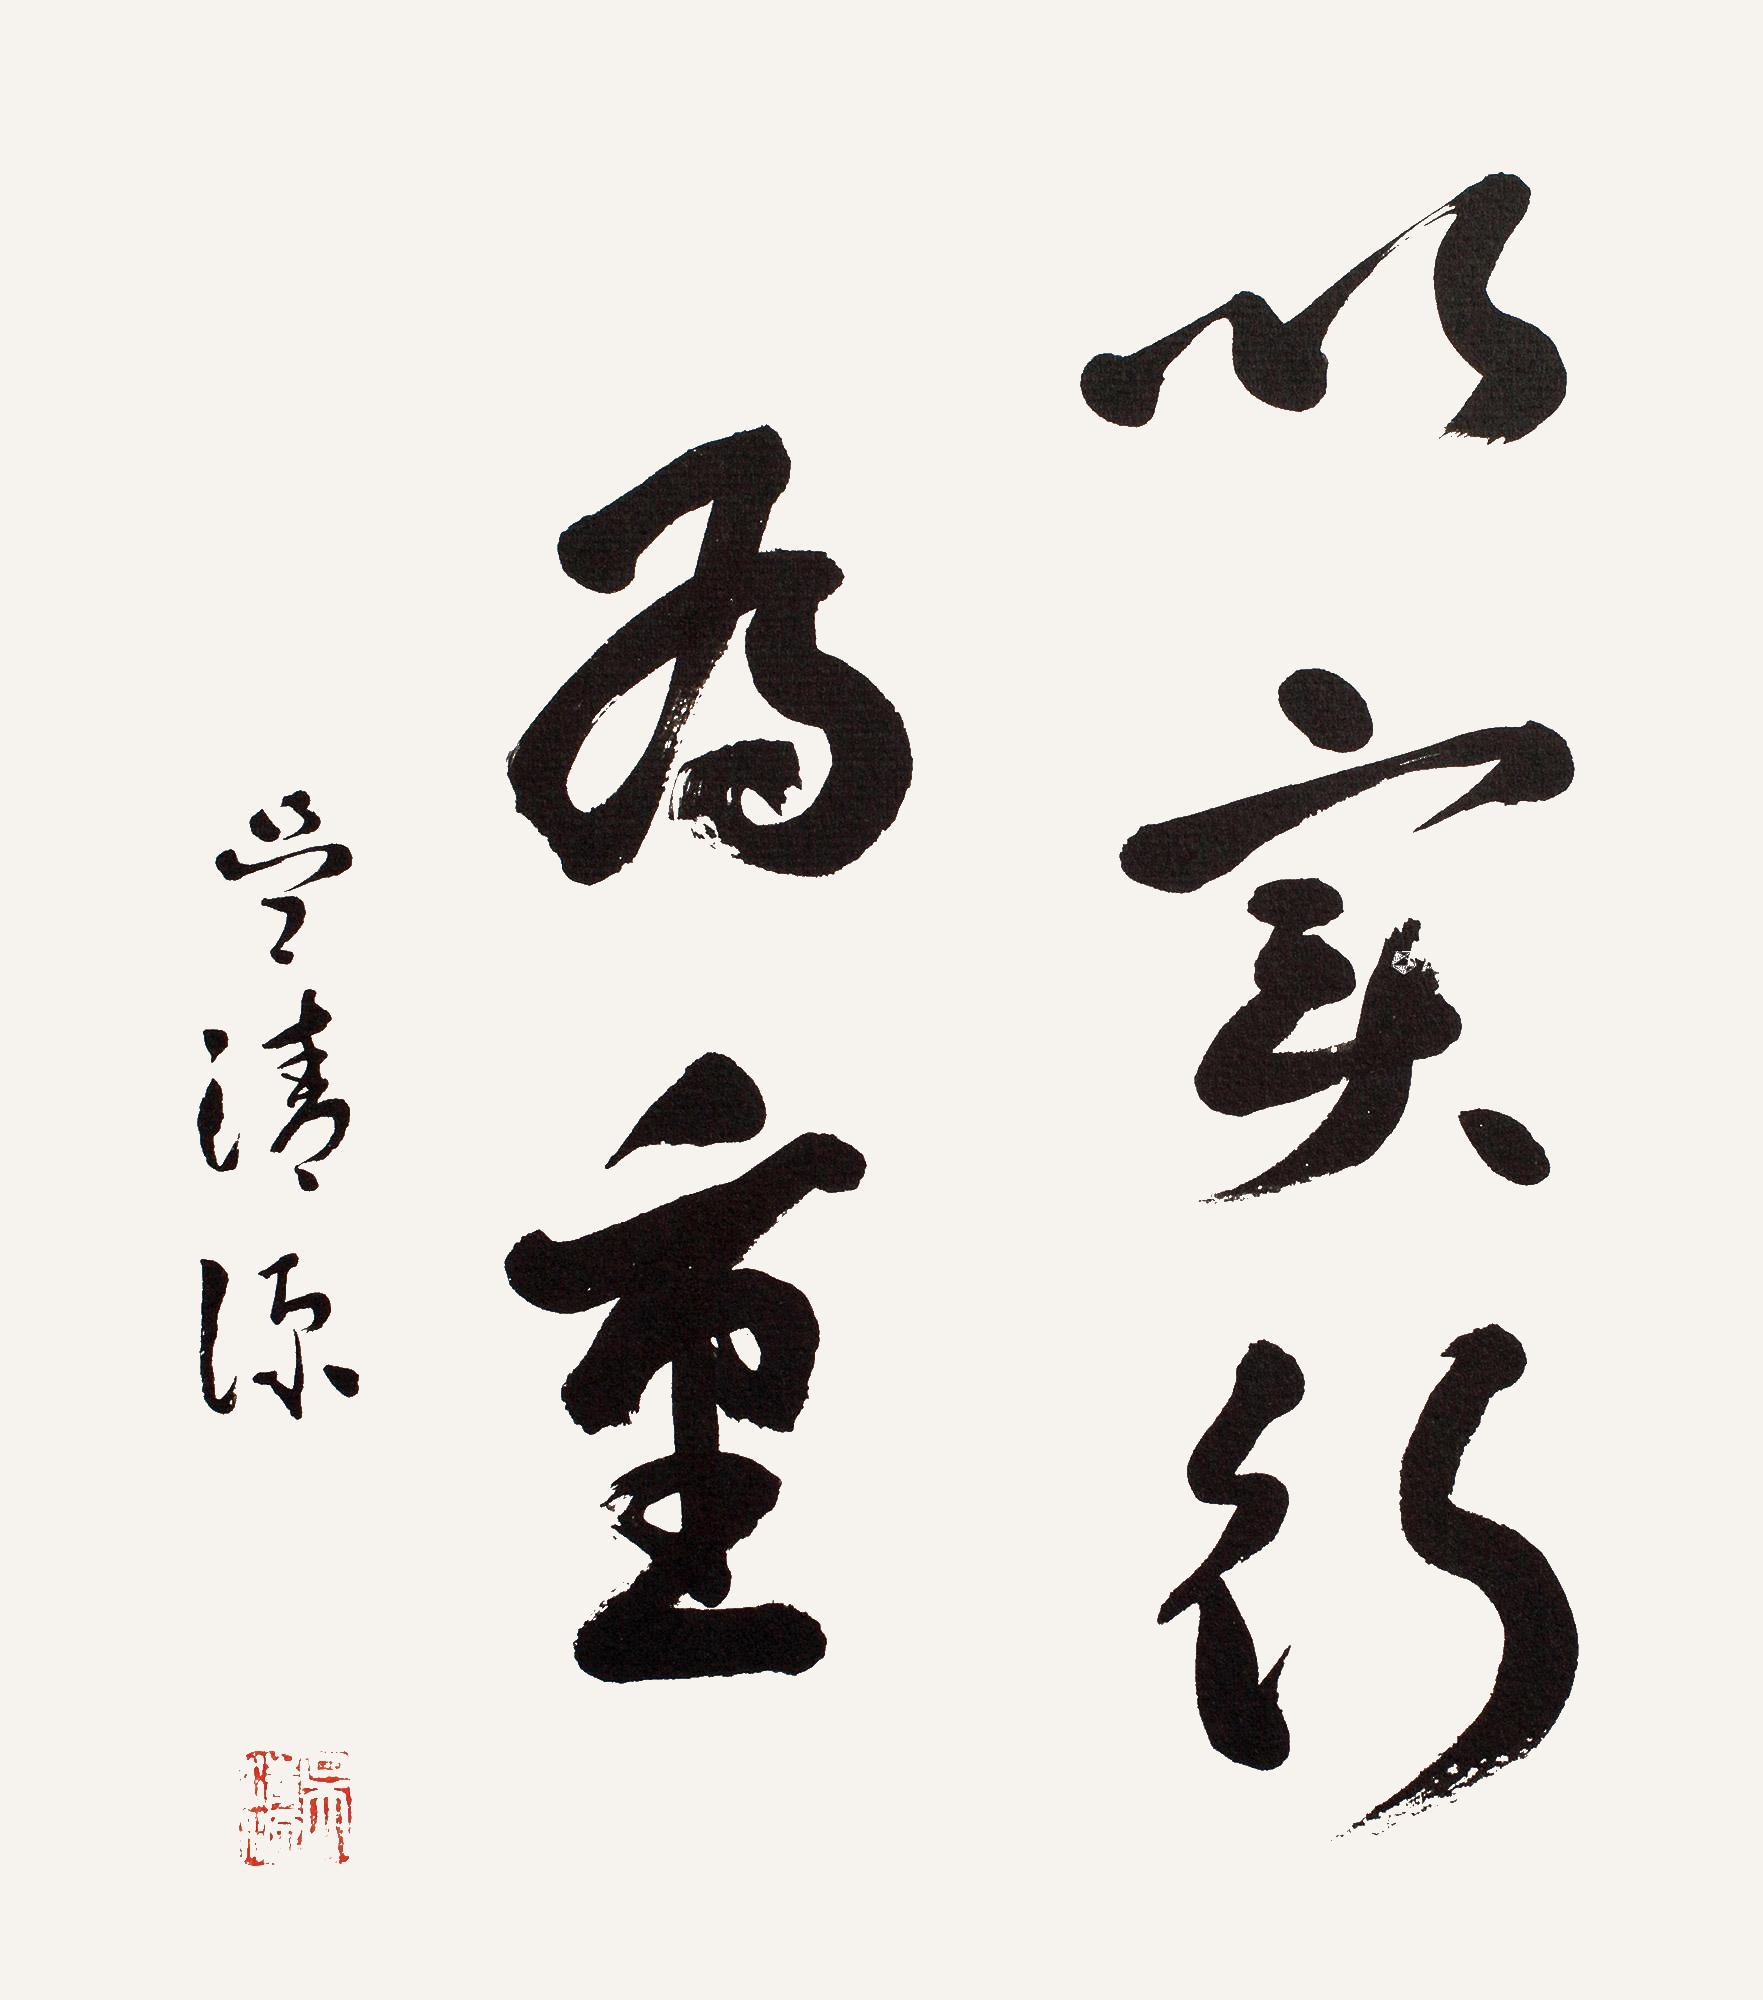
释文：以实行为重。吴清源。